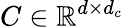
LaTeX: C\in\mathbb{R}^{d\times d_{c}}